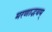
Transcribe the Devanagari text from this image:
मरणाद्भयम्